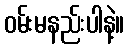
ဝမ်းမနည်းပါနဲ့။